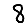
Digit: 8